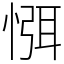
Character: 㥝